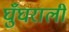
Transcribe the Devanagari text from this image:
घुँघराली